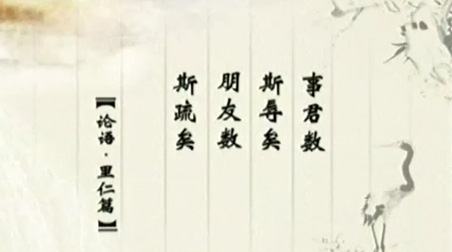
事君数，斯辱矣朋友数，斯疏矣。